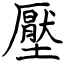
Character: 壓